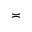
\asymp